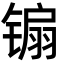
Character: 䦂